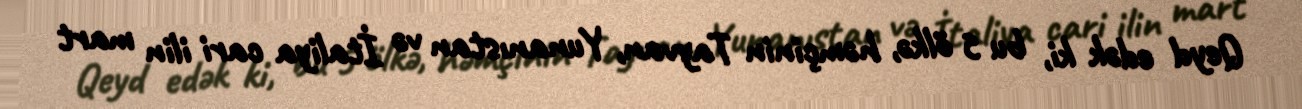
Qeyd edək ki, bu 5 ölkə, həmçinin Tayvan, Yunanıstan və İtaliya cari ilin mart